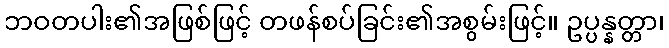
ဘဝတပါး၏အဖြစ်ဖြင့် တဖန်စပ်ခြင်း၏အစွမ်းဖြင့်။ ဥပ္ပန္နတ္တာ၊